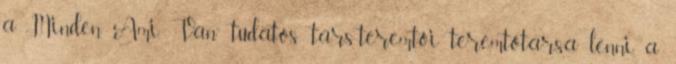
a „Minden Ami Van” tudatos társ-teremtői teremtőtársa lenni, a